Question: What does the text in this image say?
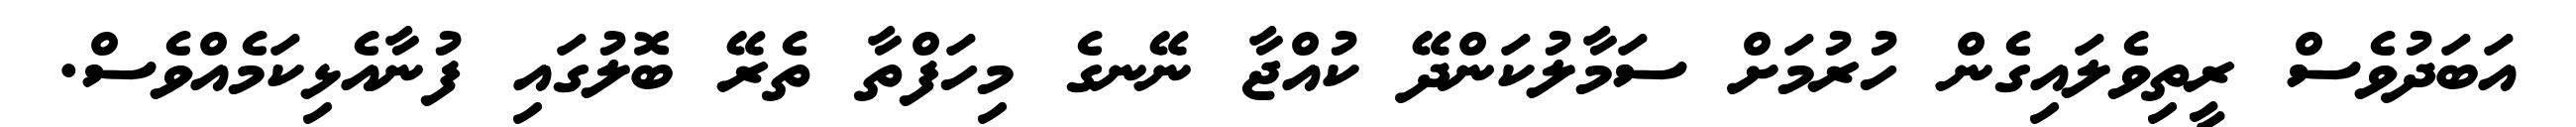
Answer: އަބަދުވެސް ރީތިވެލައިގެން ހުރުމަށް ސަމާލުކަންދޭ ކުއްޖާ ނޭނގެ މިހަފްތާ ތެރޭ ބޮލުގައި ފުނާއެޅިކަމެއްވެސް.